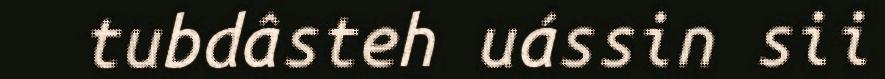
tubdâsteh uássin sii